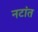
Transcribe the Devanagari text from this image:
नटांत